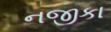
નજીકા